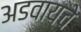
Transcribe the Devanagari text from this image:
अडवायचे